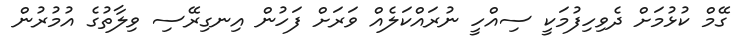
ގޭމް ކުޅުމަށް ދެވިހިފުމަކީ ސިއްހީ ނުރައްކަލެއް ވަރަށް ފަހުން އިނގިރޭސި ވިލާތުގެ އުމުރުން